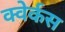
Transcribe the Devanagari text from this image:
क्वेर्कस